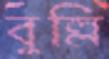
বুল্লি